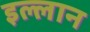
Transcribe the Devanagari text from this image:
इल्लान